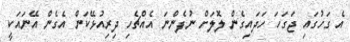
އެ ގަހުގައި ޖަގަހަ ހަދައިގެން ލޮލަށް ނުފެންނަ އެއްޗެހި ދިރިއުޅޭކަން އެގެން އޭނައަކީ